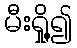
မီးရှို့၍